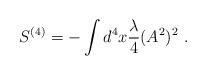
LaTeX: \begin{align*}S^{(4)} = - \int d^4x\frac{\lambda}{4} (A^2)^2 \ .\end{align*}